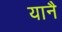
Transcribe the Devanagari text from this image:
यानै